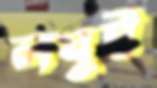
লঘুই